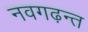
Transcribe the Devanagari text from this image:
नवगढ़न्त